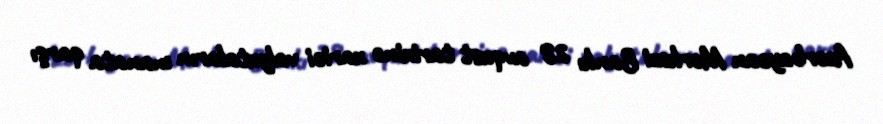
Azərbaycan Mərkəzi Bankı 28 avqust tarixinə xarici valyutaların manata qarşı